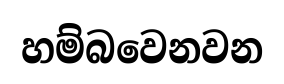
හම්බවෙනවන